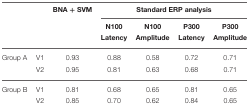
<table><thead><tr><td colspan="2"></td><td><b>BNA + SVM</b></td><td colspan="4"><b>Standard ERP analysis</b></td></tr><tr><td></td><td></td><td></td><td><b>N100 Latency</b></td><td><b>N100 Amplitude</b></td><td><b>P300 Latency</b></td><td><b>P300 Amplitude</b></td></tr></thead><tbody><tr><td>Group A</td><td>V1</td><td>0.93</td><td>0.88</td><td>0.58</td><td>0.72</td><td>0.71</td></tr><tr><td></td><td>V2</td><td>0.95</td><td>0.81</td><td>0.63</td><td>0.68</td><td>0.71</td></tr><tr><td>Group B</td><td>V1</td><td>0.81</td><td>0.68</td><td>0.65</td><td>0.81</td><td>0.65</td></tr><tr><td></td><td>V2</td><td>0.85</td><td>0.70</td><td>0.62</td><td>0.84</td><td>0.65</td></tr></tbody></table>